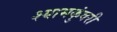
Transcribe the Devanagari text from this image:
श्यामकुंवरी